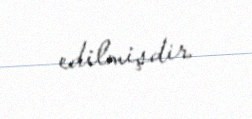
edilmişdir.